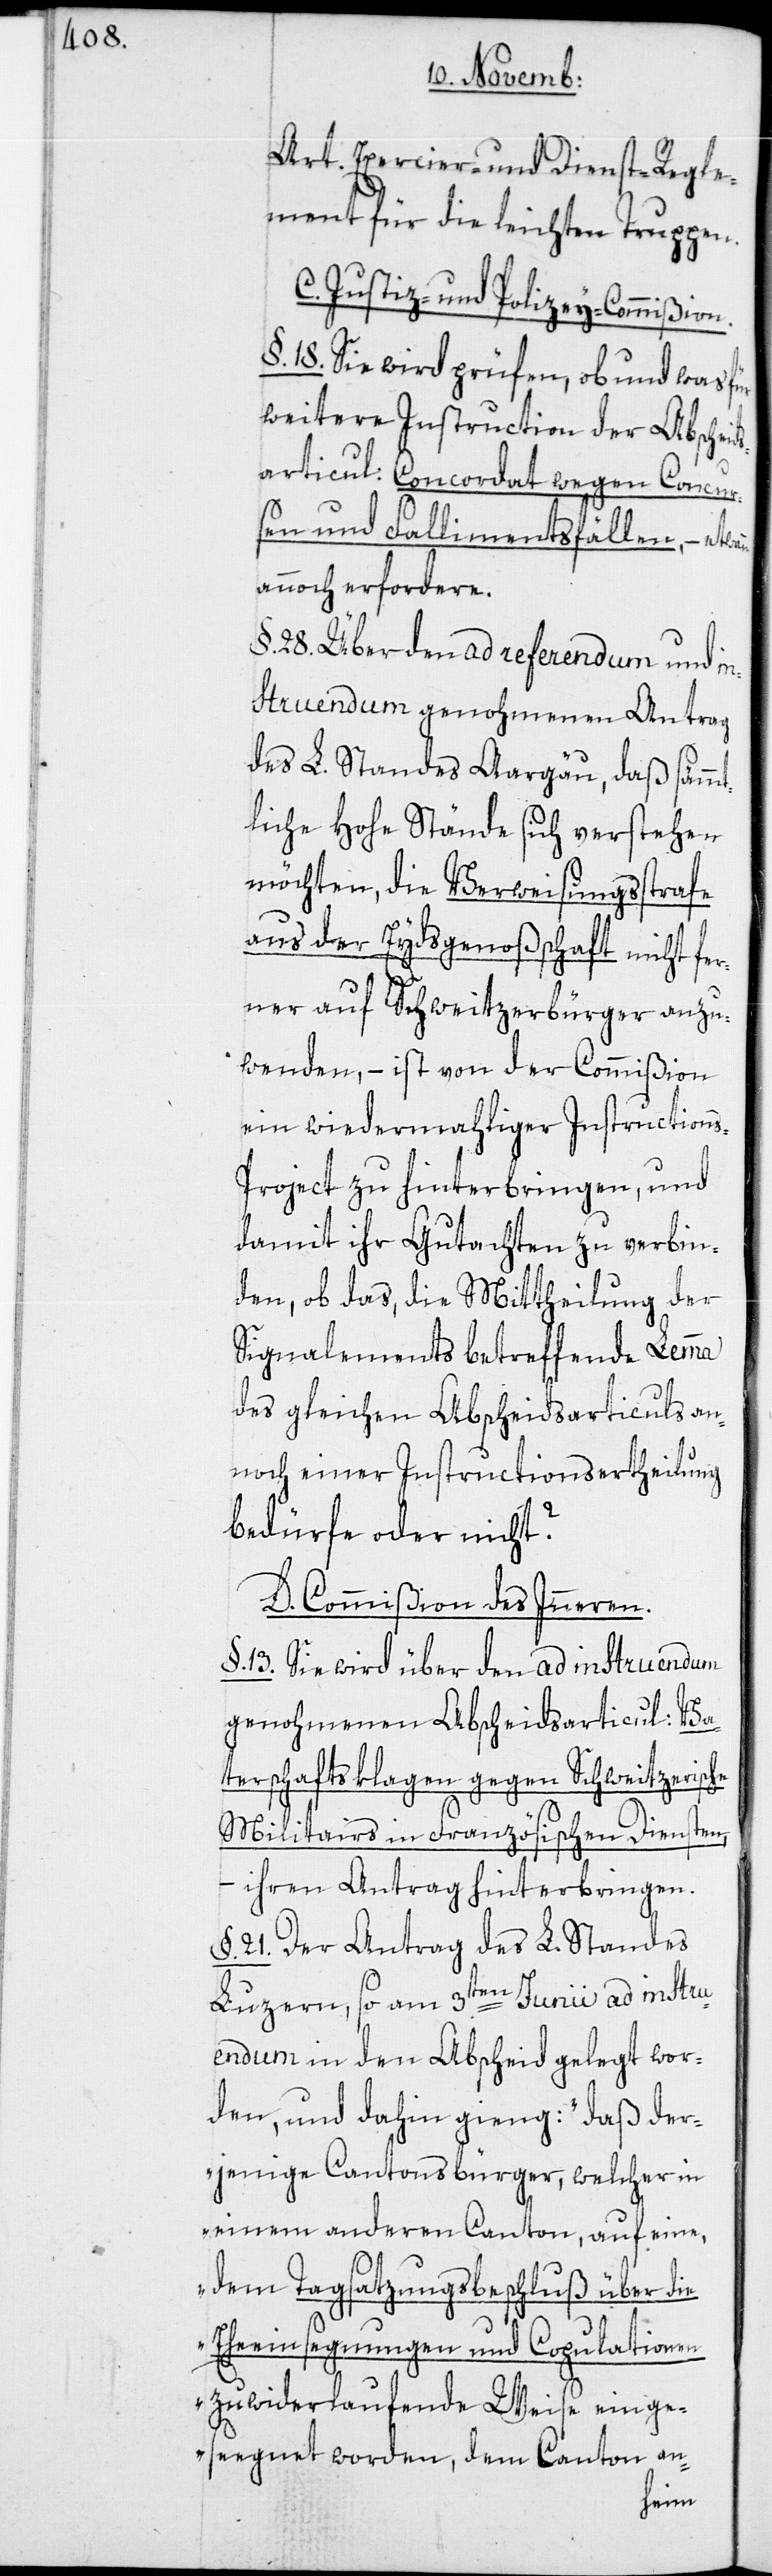
Art. Exercier- und Dienst-Regle¬
ment für die leichten Truppen.
C. Justiz- und Polizey-Commißion.
§. 18. Sie wird prüfen, ob und was für
weitere Instruction der Abscheid¬
sarticul: Concordat wegen Concur¬
sen und Fallimentsfällen, –
annoch erfordere.
§. 28. Über den ad referendum und in¬
struendum genohmenen Antrag
des L. Standes Aargäu, daß sämmt¬
liche Hohe Stände sich verstehen
möchten, die Verweisungsstrafe
aus der Eydsgenoßenschaft nicht fe¬
rner auf Schweitzerbürger anzu¬
wenden, – ist von der Commißion
ein wiedermahliger Instruction¬
s-Project zu hinterbringen, und
damit ihr Gutachten zu verbin¬
den, ob das, die Mittheilung der
Signalements betreffende Lemma
des gleichen Abscheidsarticuls an¬
noch einer Instructionsertheilung
bedürfe oder nicht?
D. Commißion des Inneren.
§. 13. Sie wird über den ad instruendum
genohmenen Abscheidsarticul: Va¬
terschaftsklagen gegen Schweitzerische
Militairs in Französischen Diensten,
ihren Antrag hinterbringen.
§. 21. Der Antrag des L. Standes
Luzern, so am 3ten Junii ad instru¬
endum in den Abscheid gelegt wor¬
den, und dahin gieng: „daß der¬
jenige Cantonsbürger, welcher in
einem anderen Canton, auf eine,
dem Tagsatzungsbeschluß über die
Eheeinsegnungen und Copulationen
zuwiderlaufende Weise einge¬
seegnet worden, dem Canton an-